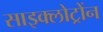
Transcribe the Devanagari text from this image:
साइक्लोट्रोंन